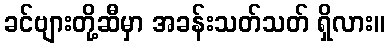
ခင်ဗျားတို့ဆီမှာ အခန်းသတ်သတ် ရှိလား။